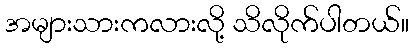
အများသားကလားလို့ သိလိုက်ပါတယ်။